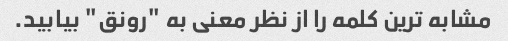
مشابه ترین کلمه را از نظر معنی به "رونق" بیابید.